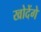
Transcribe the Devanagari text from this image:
खोदेंगे